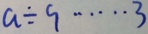
a \div 9 \cdots 3